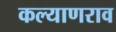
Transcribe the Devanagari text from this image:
कल्याणराव